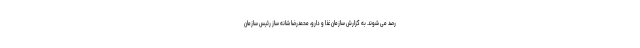
رصد می شوند. به گزارش سازمان غذا و دارو، محمدرضا شانه ساز رئیس سازمان